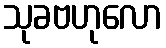
သုခဗဟုလော